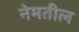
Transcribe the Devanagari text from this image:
नेमतील